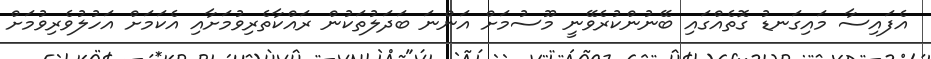
އެފައިސާ މައިގަނޑު ގޮތެއްގައި ބޭނުންކުރެވޭނީ މޫސުމަށް އަންނަ ބަދަލުތަކުން ރައްކާތެރިވުމަށާއި އެކަމަށް އަހުލުވެރިވުމަށް